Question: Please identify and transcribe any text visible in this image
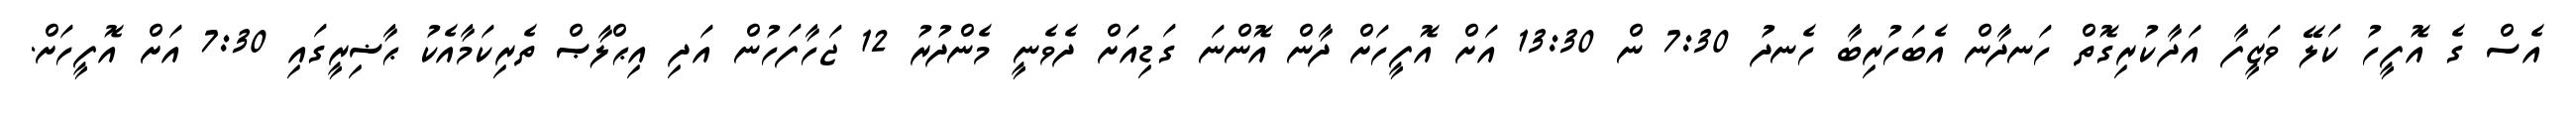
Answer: އެސް ގެ އޮފީހު ކަލޭ ވަޒީފާ އަދާކުރިގޮތް ހަނދާން އެބަހުރިބާ ހެނދު 7:30 ން 13:30 އަށް އޮފީހަށް ދާން އޮންނަ ގަޑިއަށް ދެވެނީ މެންދުރު 12 ޖަހާފަހުން އަދި އިޙްލާޞް ތެރިކަމާއެކު ޙާޟިރީގައި 7:30 އަށް އޮފީހަށް.